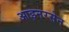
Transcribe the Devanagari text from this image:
आइनरसेन